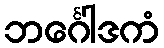
ဘင်္ဂေါဒကံ